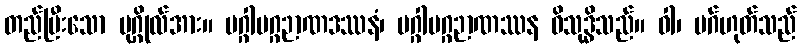
တည်ပြီးသော ပုဂ္ဂိုလ်အား။ မဂ္ဂါမဂ္ဂဉာဏဒဿနံ၊ မဂ္ဂါမဂ္ဂဉာဏဿန ဝိသုဒ္ဓိသည်။ ဝါ၊ မဂ်ဟုတ်သည်